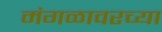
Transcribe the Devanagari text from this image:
मंगळावरच्या